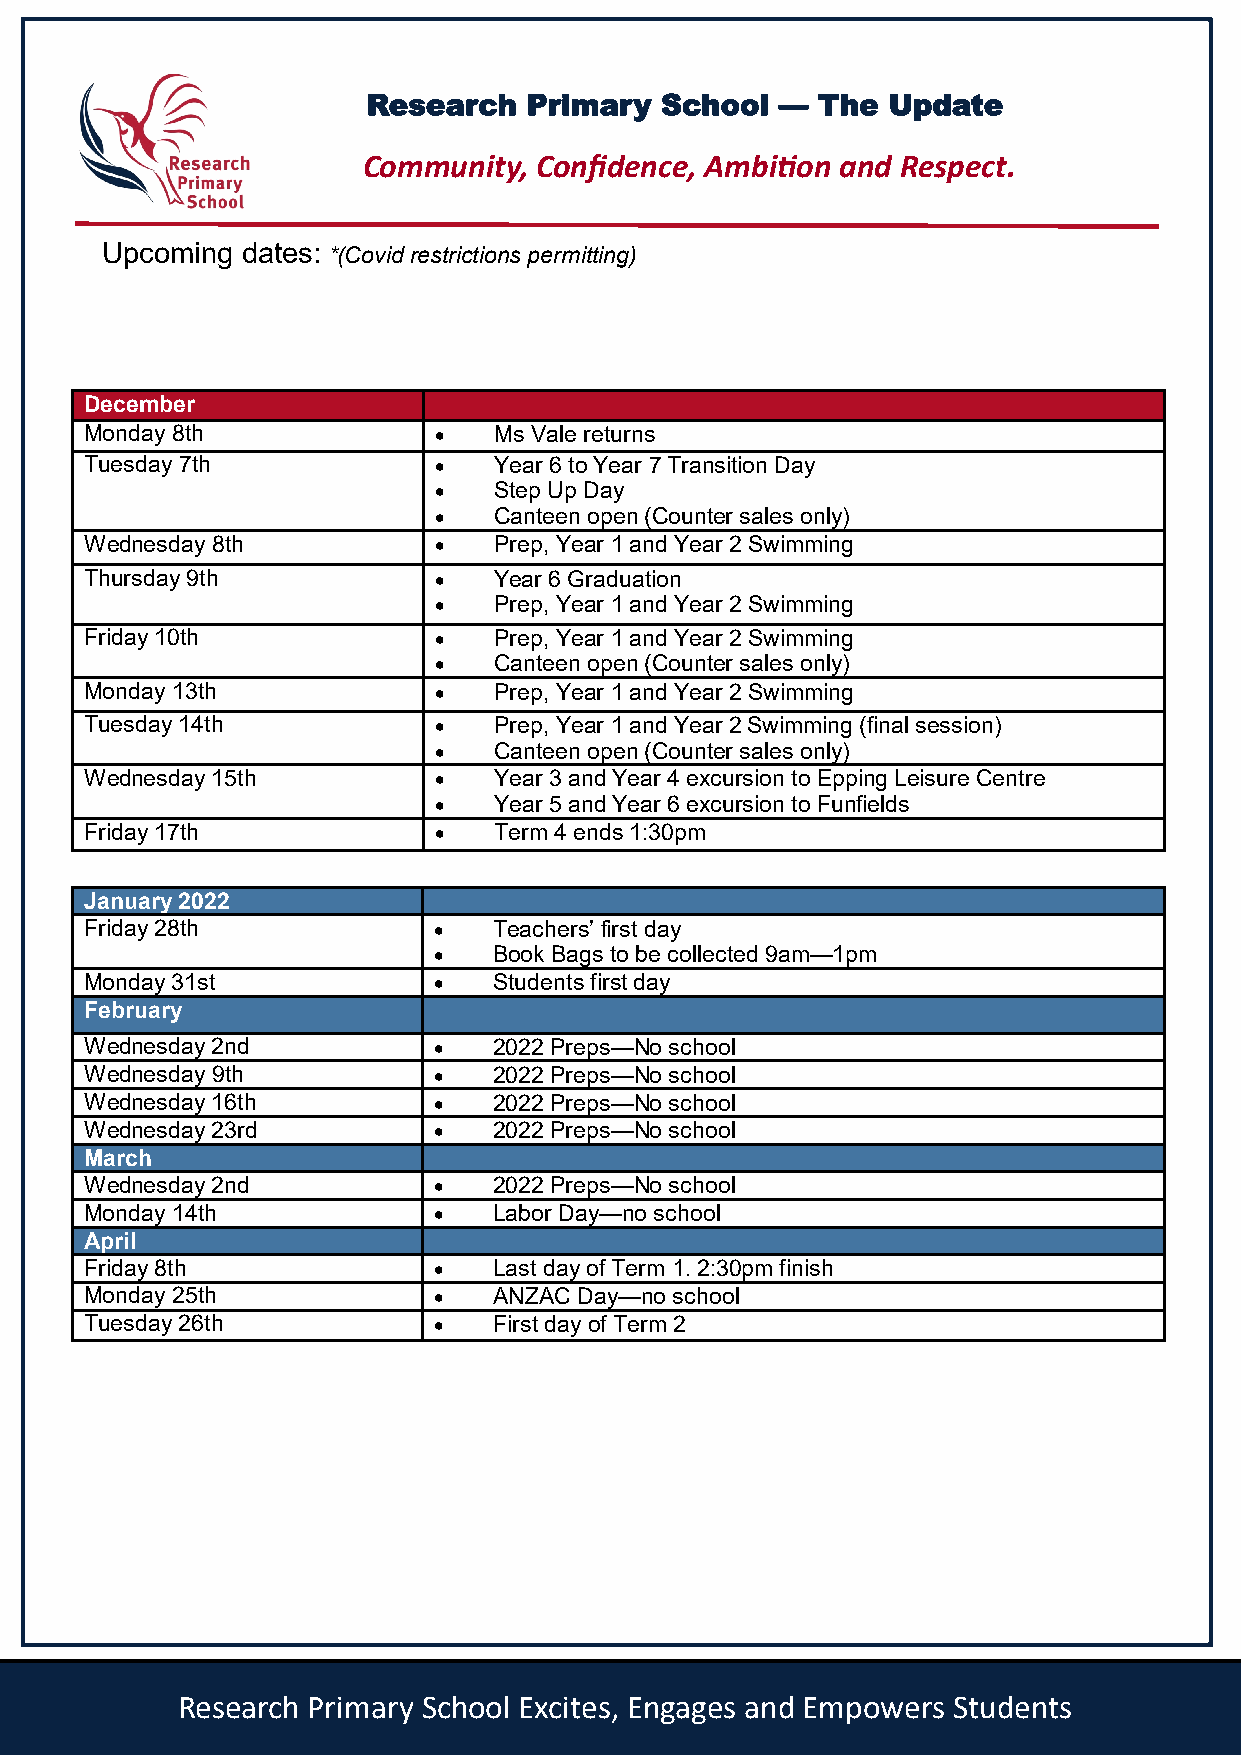
Research   Primary  School  — The  Update
 Community,  Confidence, Ambition and Respect.
 Upcoming dates: *(Covid restrictions permitting)
 December
 Monday 8th             •   Ms Vale returns
 Tuesday 7th            •   Year 6 to Year 7 Transition Day
 •   Step Up Day
 •   Canteen open (Counter sales only)
 Wednesday 8th          •   Prep, Year 1 and Year 2 Swimming
 Thursday 9th           •   Year 6 Graduation
 •   Prep, Year 1 and Year 2 Swimming
 Friday 10th            •   Prep, Year 1 and Year 2 Swimming
 •   Canteen open (Counter sales only)
 Monday 13th            •   Prep, Year 1 and Year 2 Swimming
 Tuesday 14th           •   Prep, Year 1 and Year 2 Swimming (final session)
 •   Canteen open (Counter sales only)
 Wednesday 15th         •   Year 3 and Year 4 excursion to Epping Leisure Centre
 •   Year 5 and Year 6 excursion to Funfields
 Friday 17th            •   Term 4 ends 1:30pm
 January 2022
 Friday 28th            •   Teachers’ first day
 •   Book Bags to be collected 9am—1pm
 Monday 31st            •   Students first day
 February
 Wednesday 2nd          •   2022 Preps—No school
 Wednesday 9th          •   2022 Preps—No school
 Wednesday 16th         •   2022 Preps—No school
 Wednesday 23rd         •   2022 Preps—No school
 March
 Wednesday 2nd          •   2022 Preps—No school
 Monday 14th            •   Labor Day—no school
 April
 Friday 8th             •   Last day of Term 1. 2:30pm finish
 Monday 25th            •   ANZAC Day—no school
 Tuesday 26th           •   First day of Term 2
 Research Primary School Excites, Engages and Empowers Students  6